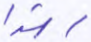
رشدا